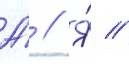
А́ // Я́ //